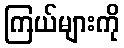
ကြယ်များကို